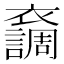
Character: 𧞴